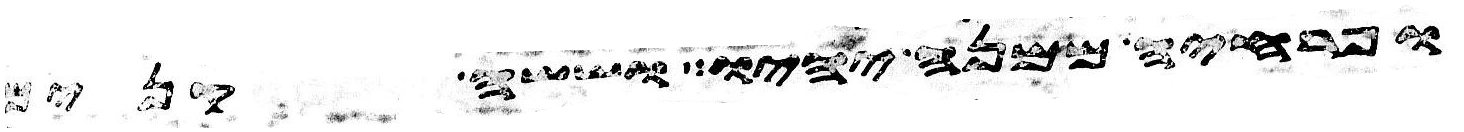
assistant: ופרחיה ממנה יהיו וששה קנים